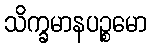
သိက္ခမာနပဉ္စမော